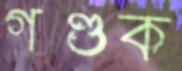
গণ্ডক